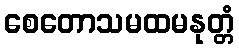
စေတောသမထမနုတ္တံ